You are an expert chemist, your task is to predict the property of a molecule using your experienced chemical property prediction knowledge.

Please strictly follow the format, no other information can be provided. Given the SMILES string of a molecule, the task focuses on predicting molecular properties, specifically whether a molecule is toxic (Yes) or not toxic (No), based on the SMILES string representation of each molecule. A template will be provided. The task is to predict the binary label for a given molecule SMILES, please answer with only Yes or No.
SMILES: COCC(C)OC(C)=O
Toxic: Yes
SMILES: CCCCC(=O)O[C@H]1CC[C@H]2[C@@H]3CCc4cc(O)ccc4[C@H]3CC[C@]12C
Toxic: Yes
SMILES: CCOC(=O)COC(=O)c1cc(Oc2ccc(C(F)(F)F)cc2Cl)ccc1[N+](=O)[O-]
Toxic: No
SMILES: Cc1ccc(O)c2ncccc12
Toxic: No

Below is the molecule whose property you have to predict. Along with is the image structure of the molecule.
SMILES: O=C([O-])c1ccccc1Nc1cc(Cl)ccc1C(=O)[O-]
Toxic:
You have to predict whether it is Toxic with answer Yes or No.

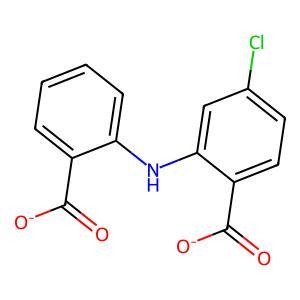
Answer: No